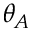
\theta _ { A }